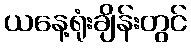
ယနေ့ရုံးချိန်းတွင်